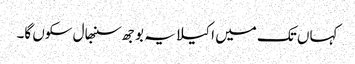
کہاں تک میں اکیلا یہ بوجھ سنبھال سکوں گا۔